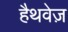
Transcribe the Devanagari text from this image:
हैथवेज़